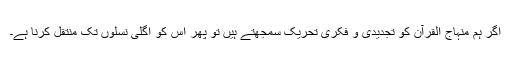
اگر ہم منہاج القرآن کو تجدیدی و فکری تحریک سمجھتے ہیں تو پھر اِس کو اگلی نسلوں تک منتقل کرنا ہے۔